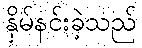
နှိမ်နင်းခဲ့သည်